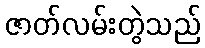
ဇာတ်လမ်းတွဲသည်